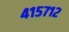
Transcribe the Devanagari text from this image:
४१५७१२